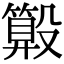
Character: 𣫑